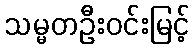
သမ္မတဦးဝင်းမြင့်